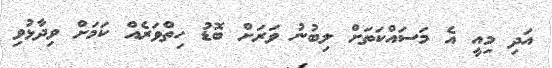
އަދި މިއީ އެ މަސައްކަތަށް ލިބުނު ވަރަށް ބޮޑު ހިތްވަރެއް ކަމަށް ވިދާޅުވި